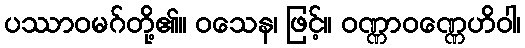
ပဿာဝမဂ်တို့၏။ ဝသေန၊ ဖြင့်။ ဝဏ္ဏာဝဏ္ဏေဟိဝါ၊